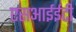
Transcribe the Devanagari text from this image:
एसआईईटी